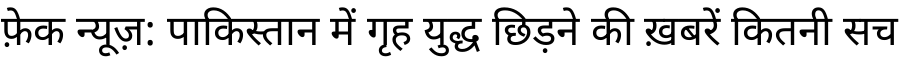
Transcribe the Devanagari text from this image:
फ़ेक न्यूज़: पाकिस्तान में गृह युद्ध छिड़ने की ख़बरें कितनी सच